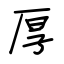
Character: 厚